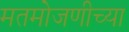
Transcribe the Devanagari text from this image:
मतमोजणीच्या